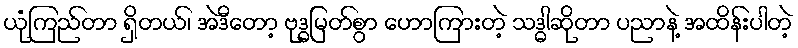
ယုံကြည်တာ ရှိတယ်၊ အဲဒီတော့ ဗုဒ္ဓမြတ်စွာ ဟောကြားတဲ့ သဒ္ဓါဆိုတာ ပညာနဲ့ အထိန်းပါတဲ့